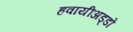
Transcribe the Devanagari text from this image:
हवायीअड्डों